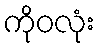
ကိုဝလုံး